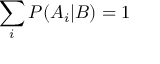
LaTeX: \sum _ { i } { P ( A _ { i } | B ) } = 1